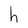
Character: h